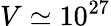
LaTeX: V\simeq 10^{27}